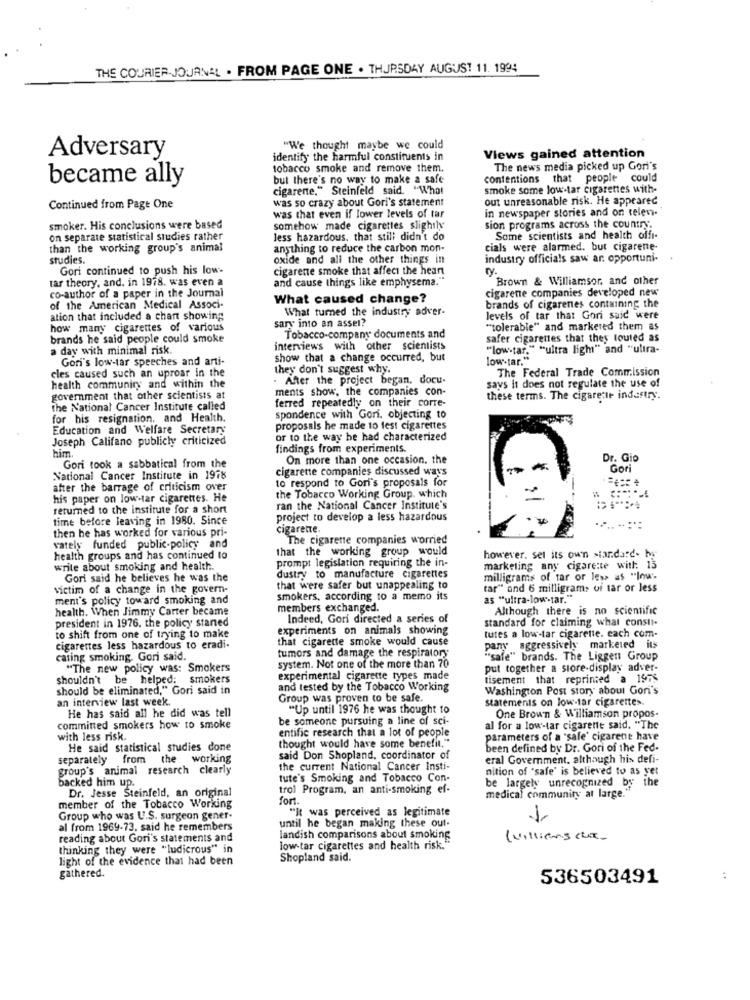
THE COURIER JOURNAL . FROM PAGE ONE . THURSDAY AUGUST 11. 1994
"We thought maybe we could
Adversary
identify the harmful constituents in
Views gained attention
tobacco smoke and remove them.
The news media picked up Gori's
became ally
but there's no way to make a safe
contentions that people could
cigarente." Steinfeld said. "What
smoke some low-tar cigarettes with-
out unreasonable risk. He appeared
Continued from Page One
was so crazy about Gori's statement
in newspaper stories and on telev.
was that even if lower levels of tar
smoker. His conclusions were based
somehow made cigarettes slightly
sion programs across the country.
on separate statistical studies rather
less hazardous, that still didn't do
Some scientists and health offi-
than the working group's animal
anything to reduce the carbon mon-
cials were alarmed. but cigarene-
studies.
oxide and all the other things in
industry officials saw ar. opportuni-
Gori continued to push his low-
cigarene smoke that affect the heart
tar theory, and, in 1978. was even a
and cause things like emphysema."
Brown & Williamsor, and other
co-author of a paper in the Journal
cigarene companies developed new
What caused change?
of the American Medical Associ-
What turned the industry adver-
brands of cigarenes containing the
ation that included a chant showing
sary into an asset?
levels of tar that Gori said were
how many cigarettes of various
"tolerable" and markered them as
brands he said people could smoke
Tobacco-company documents and
safer cigarettes that they touted as
a day with minimal risk.
interviews with other scientists
"low-tar." "ultra light" and "ultra-
Gori's low-tar speeches and arti-
show that a change occurred, but
lowstar."
cles caused such an uproar in the
they don't suggest why.
The Federal Trade Commission
. After the project began. docu-
says it does not regulate the use of
health community and within the
ments show, the companies con-
government that other scientists at
ferred repeatedly on their corre-
these terms. The cigarette industry.
the National Cancer Institute called
for his resignation. and Health.
spondence with Gori. objecting to
Education and Welfare Secretary
proposals he made to fest cigarettes
Joseph Califano publicly criticized
or to the way he had characterized
him.
findings from experiments.
On more than one occasion. the
Dr. Gio
Gori took a sabbatical from the
cigarette companies discussed ways
Gori
National Cancer Institute in 1978
to respond to Goni's proposals for
after the barrage of criticism over
his paper on low-tar cigarettes. He
the Tobacco Working Group. which
returned to the institute for a short
ran the National Cancer Institute's
time before leaving in 1980. Since
project to develop a less hazardous
.....
then he has worked for various pri-
cigarette.
The cigarette companies worried
vately funded public-policy and
that the working group would
health groups and has continued to
prompt legislation requiring the in-
however. set its own standard- by
write about smoking and health.
marketing any cigarette with: 15
Gori said he believes he was the
dustry to manufacture cigarettes
milligrams of tar or less as "low.
victim of a change in the govern-
that were safer but unappealing to
tar" and 6 milligram> of tar or less
ment's policy toward smoking and
smokers, according to a memo its
as "ultra-low-tar."
health. When Jimmy Carter became
members exchanged.
Although there is no scientific
president in 1976. the policy staned
Indeed, Gori directed a series of
standard for claiming what consti-
experiments on animals showing
tutes a low-tar cigarene. each com-
to shift from one of trying to make
that cigarette smoke would cause
cigarettes less hazardous to eradi-
tumors and damage the respiratory
pany aggressively marketed its
cating smoking. Gori said.
"safe" brands. The Liggen Group
"The new policy was: Smokers
system. Not one of the more than 70
put together a store-display adver-
shouldn't be helped: smokers
experimental cigarette types made
tisement that reprinted a 1975
should be eliminated," Gori said in
and tested by the Tobacco Working
Washington Post story about Goni's
an interview last week.
Group was proven to be safe.
statements on low-tar cigarettes.
He has said all he did was tell
"Up until 1976 he was thought to
be someone pursuing a line of sci-
One Brown & Williamson propos-
committed smokers how to smoke
entific research that a lot of people
al for a low-tar cigarette said. "The
with less risk.
thought would have some benefit."
parameters of a "sale' cigarene have
He said statistical studies done
been defined by Dr. Gori of the Fed-
separately from the working
said Don Shopland, coordinator of
eral Government. although his defi-
group's animal research clearly
the current National Cancer Insti-
nition of "safe' is believed to as yet
backed him up.
tute's Smoking and Tobacco Con-
be largely unrecognized by the
Dr. Jesse Steinfeld, an original
trol Program, an anti-smoking ef-
medical community at large."
fort.
member of the Tobacco Working
"It was perceived as legitimate
Group who was U.S. surgeon gener-
1
al from 1969-73. said he remembers
until he began making these out.
reading about Gori's statements and
landish comparisons about smoking
(villians cux.
thinking they were "ludicrous" in
low-tar cigarettes and health risk."
light of the evidence that had been
Shopland said.
gathered.
536503491
: